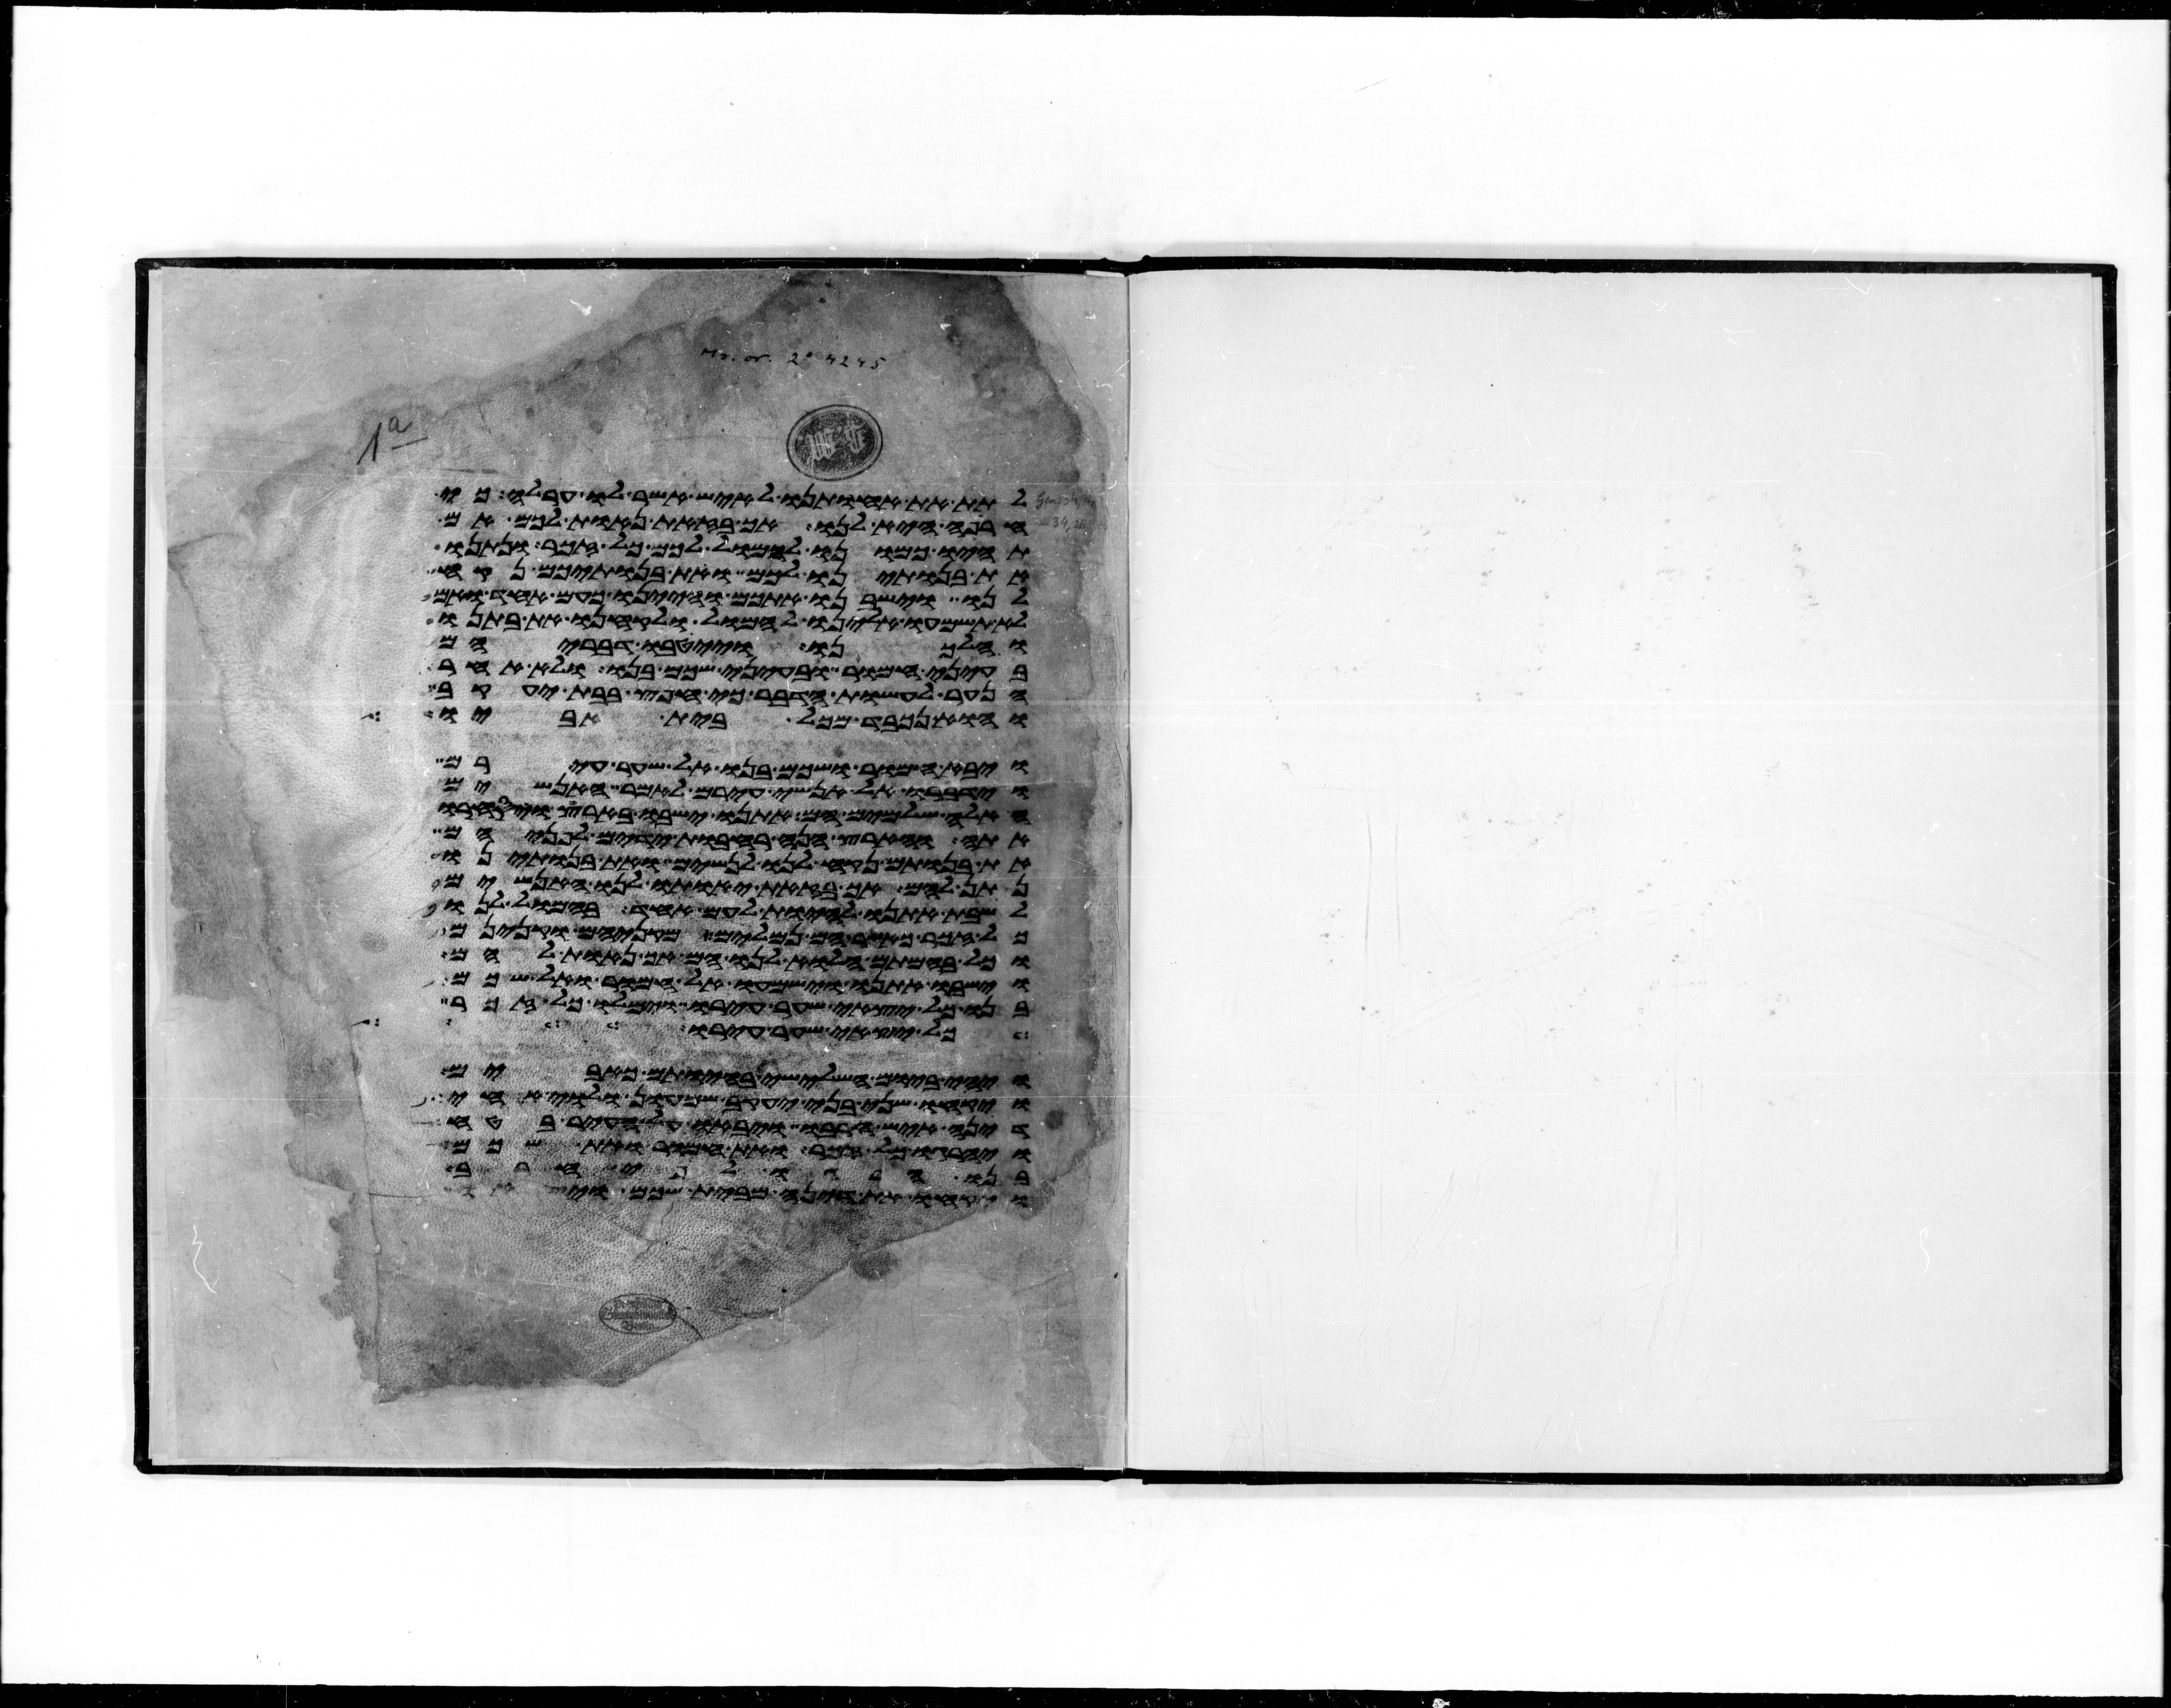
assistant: לתת את אחותנו לאיש אשר לו ערלה כי
חרפה היא לנו אך בזאת נאות לכם אם
תהיו כמונו להמול לכם כל זכר ונתנו
את בנתינו לכם ואת בנתיכם נקח
לנו וישבנו אתכם והיינו כעם אחד ואם
לא תשמעו אלינו להמול ולקחנו את בתנו
והלכנו וייטבו דבריהם
בעיני חמור ובעיני שכם בנו ולא אחר
הנער לעשות הדבר כי חפץ בבת יעקב
והוא נכבד מכל בית אביו
ויבא חמור ושכם בנו אל שער עירם
וידברו אל אנשי עירם לאמר האנשים
האלה שלמים הם אתנו ישבו בארץ ויסחרו
אתה והארץ הנה רחבות ידים לפניהם
את בנותם נקח לנו לנשים ואת בנתינו
נתן להם אך בזאת יאותו לנו האנשים
לשבת אתנו להיות לעם אחד בהמול לנו
כל זכר כאשר הם נמלים מקניהם וקנינם
וכל בהמתם הלוא לנו הם אך נאות להם
וישבו אתנו וישמעו אל חמור ואל שכם
בנו כל יצאי שער עירו וימלו כל זכר
כל יצאי שער עירו ויהי
ויהי ביום השלישי בהיותם כאבים
ויקחו שני בני יעקב שמעון ולוי אחי
דינה איש חרבו ויבאו על העיר בטח
ויהרגו כל זכר ואת חמור ואת שכם
בנו הרגו לפי חרב
ויקחו את דינה מבית שכם ויצאו